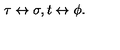
\tau \leftrightarrow \sigma , t \leftrightarrow \phi .